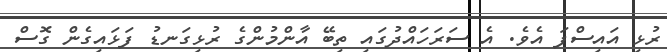
ރުޅި އައިސްފަ އެވެ. އެ ސަރަހައްދުގައި ތިބޭ އާންމުންގެ ރުޅިގަނޑު ފަޅައިގެން ގޮސް